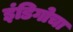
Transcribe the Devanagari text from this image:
इंडिगोचा